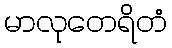
မာလုတေရိတံ